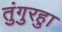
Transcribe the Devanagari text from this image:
तुंगुरहुा